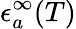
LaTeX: \epsilon_{a}^{\infty}(T)